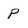
Character: P